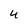
Character: 4